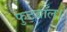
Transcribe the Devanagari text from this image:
फुटबॉल।